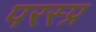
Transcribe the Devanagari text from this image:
परस्प्र